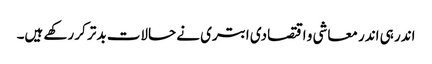
اندر ہی اندر معاشی و اقتصادی ابتری نے حالات بدتر کر رکھے ہیں۔